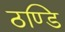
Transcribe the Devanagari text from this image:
ठण्डि